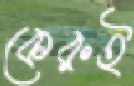
কেরুই